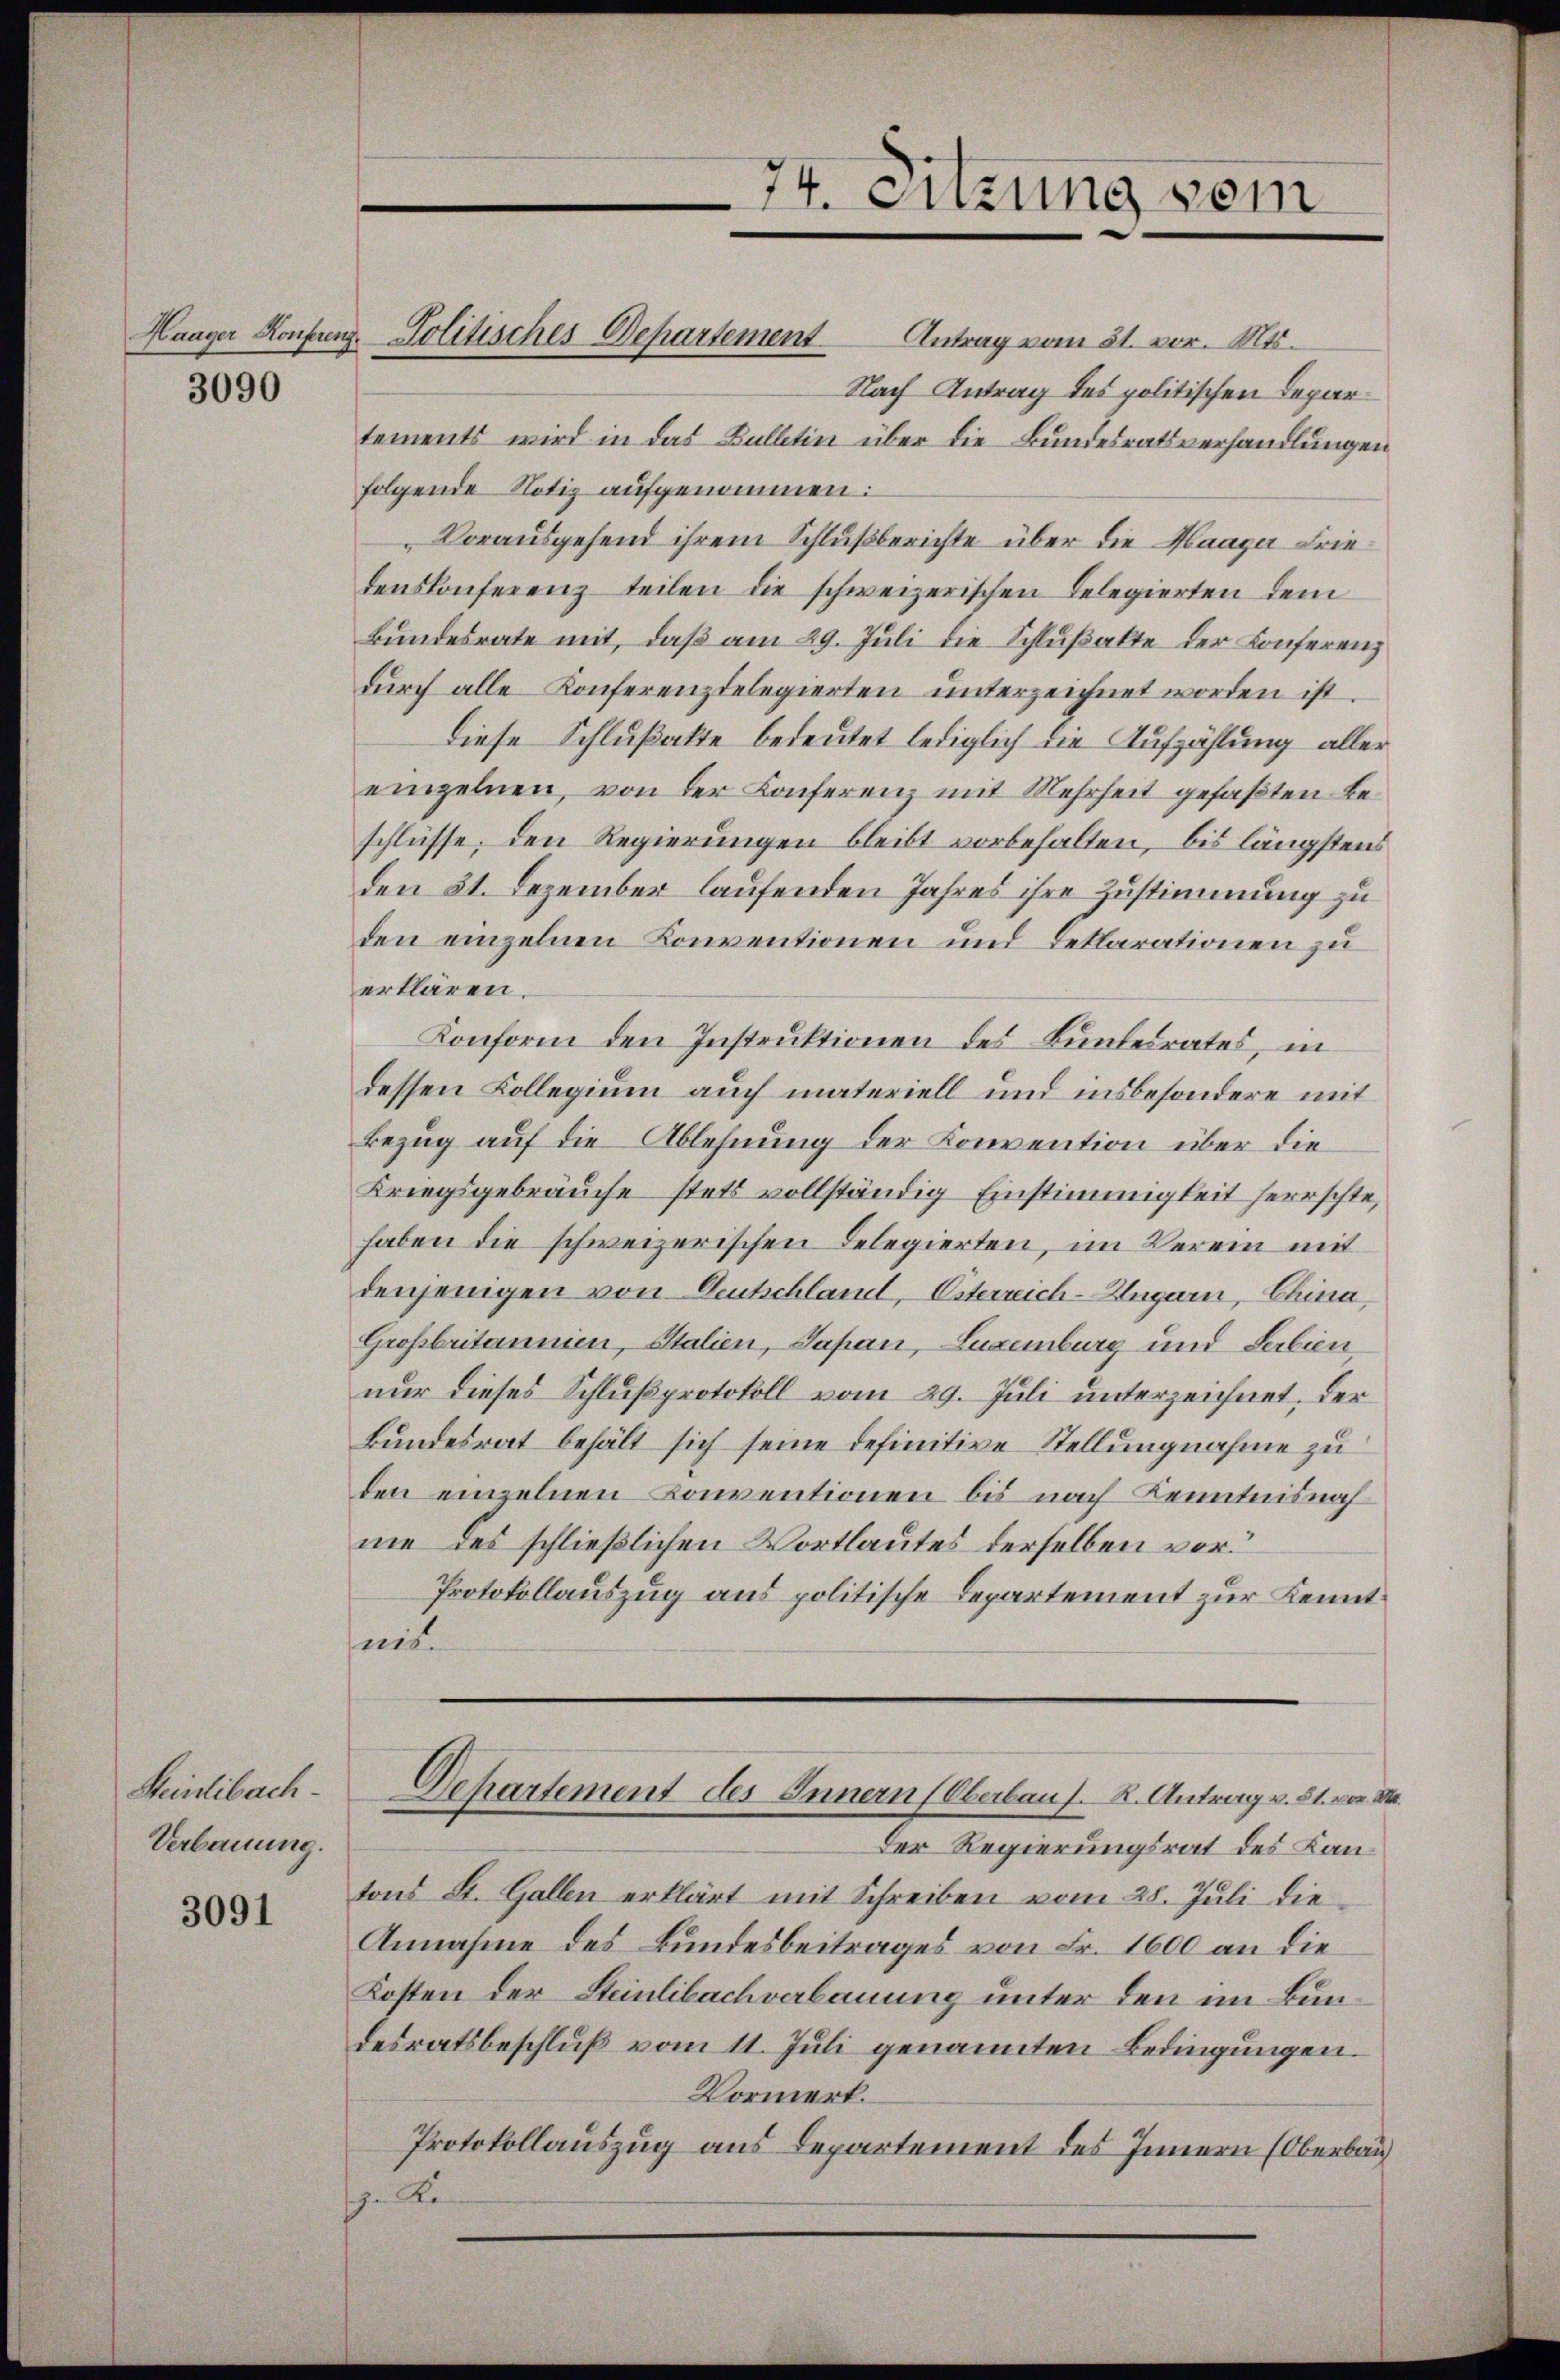
3090

Steinlibach.
Verbauung.

3091

Antrag vom 31. vor. Mts.
Nach Antrag des politischen Departements wird in das Bulletin über die Bundesratsverhandlungen
folgende Notiz aufgenommen:
Vorausgehend ihrem Schlußberichte über die Haager Friedenskonferenz teilen die schweizerischen Belegierten dem
Bundesrate mit, daß am 29. Juli die Schlußakte der Konferenz
durch alle Konferenztelegierten unterzeichnet worden ist.
Diese Schlußakte bedeutet lediglich die Aufzählung aller
einzelnen, von der Conferenz mit Mehrheit gefaßten Beschlüsse, den Regierungen bleibt vorbehalten, bis längstens
den 31. Dezember laufenden Jahres ihre Zustimmung zu
den einzelnen Konventionen und Deklarationen zu
erklären.
Konform den Instruktionen des Bundesrates, in
dessen Collegium auch materiell und insbesondere mit
Bezug auf die Ablehnung der Konvention über die
Kriegsgebräuche stets vollständig Einstimmigkeit herrschte,
haben die schweizerischen Delegierten, im Verein mit
denjenigen von Deutschland, Osterreich-Ungarn, China,
Großbritannien, Stalien, Sapan, Luxenburg und Serbien
nur dieses Schlußprotokoll vom 29. Juli unterzeichnet, der
Bundesrat behält sich seine definitive Stellungnahme zu
den einzelnen Konventionen bis nach Kenntnisnah
me des schließlichen Wortlautes derselben vor.
Protokollauszug aus politische Departement zur Kenntmit

Haager Konferenz Politisches Departement

74. Sitzung vom

Dehartement des Innern (Oberbaus. K. Antrag v. 21. von M.

Der Regierungsrat des Kantons St. Gallen erklärt mit Schreiben vom 28. Juli die
Annahme des Bundesbeitrages von Fr. 1600 an die
Kosten der Steinlibach verbauung unter den im Bundesratsbeschluß vom 11. Juli genannten Bedingungen.
Vormerk.
Protokollauszug aus Departement des Innern (Oberbau
ze Re